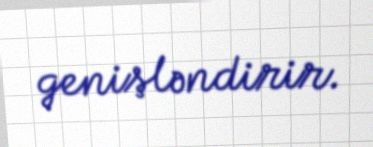
genişləndirir.